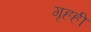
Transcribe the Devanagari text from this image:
गृहही